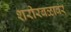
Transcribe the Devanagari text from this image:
शरीरबळावर